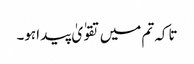
تاکہ تم میں تقوٰ یٰ پید اہو۔